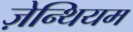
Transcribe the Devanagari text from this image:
ज़ेन्थियम